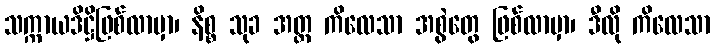
သက္ကာယဒိဋ္ဌိဖြစ်လာမှာ၊ နိစ္စ သုခ အတ္တ ကိလေသာ အစွဲတွေ ဖြစ်လာမှာ၊ ဒီလို ကိလေသာ